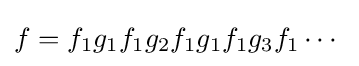
f=f_{1}g_{1}f_{1}g_{2}f_{1}g_{1}f_{1}g_{3}f_{1}\cdots \